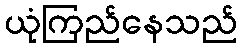
ယုံကြည်နေသည်